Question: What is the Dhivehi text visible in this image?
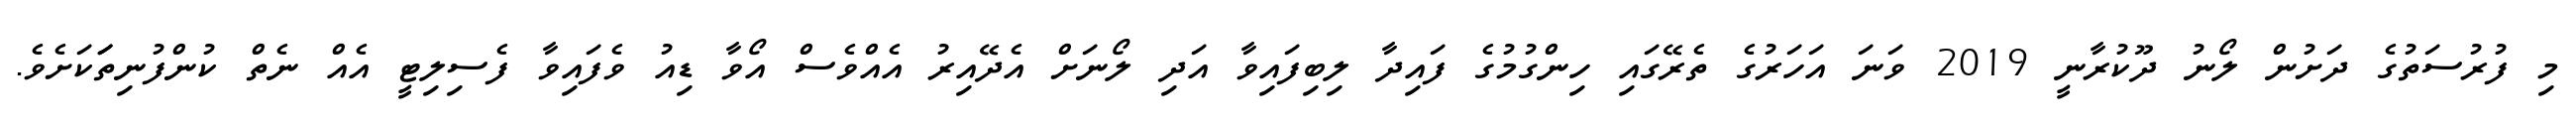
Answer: މި ފުރުސަތުގެ ދަށުން ލޯނު ދޫކުރާނީ 2019 ވަނަ އަހަރުގެ ތެރޭގައި ހިންގުމުގެ ފައިދާ ލިބިފައިވާ އަދި ލޯނަށް އެދޭއިރު އެއްވެސް އޯވާ ޑިއު ވެފައިވާ ފެސިލިޓީ އެއް ނެތް ކުންފުނިތަަކަށެވެ.